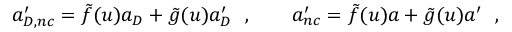
a _ { D , n c } ^ { \prime } = \tilde { f } ( u ) a _ { D } + \tilde { g } ( u ) a _ { D } ^ { \prime } \ \ , \qquad a _ { n c } ^ { \prime } = \tilde { f } ( u ) a + \tilde { g } ( u ) a ^ { \prime } \ \ ,